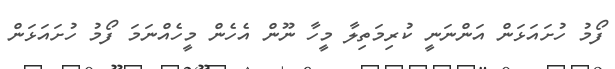
ފޯމު ހުށައަޅަން އަންނަނީ ކުރިމަތިލާ މީހާ ނޫން އެހެން މީހެއްނަމަ ފޯމު ހުށައަޅަން